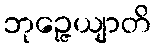
ဘုဉ္ဇေယျာတိ